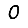
Digit: 0